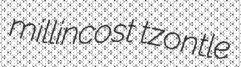
millincost tzontle